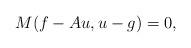
LaTeX: \begin{align*} M(f - Au, u - g) &= 0,\end{align*}